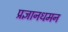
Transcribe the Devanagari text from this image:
प्रज्ञानधमन